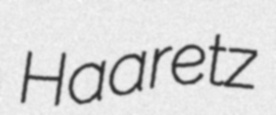
Haaretz